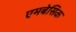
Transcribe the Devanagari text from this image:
एमबेसिक